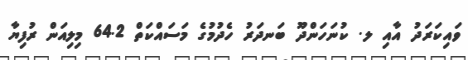
ވައިކަރަދު އާއި ލ. ކުނަހަންދޫ ބަނދަރު ހެދުމުގެ މަސައްކަތް 64.2 މިލިއަން ރުފިޔާ